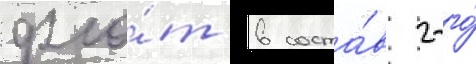
фло́т в соста́в 2-го́